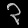
Digit: ၃